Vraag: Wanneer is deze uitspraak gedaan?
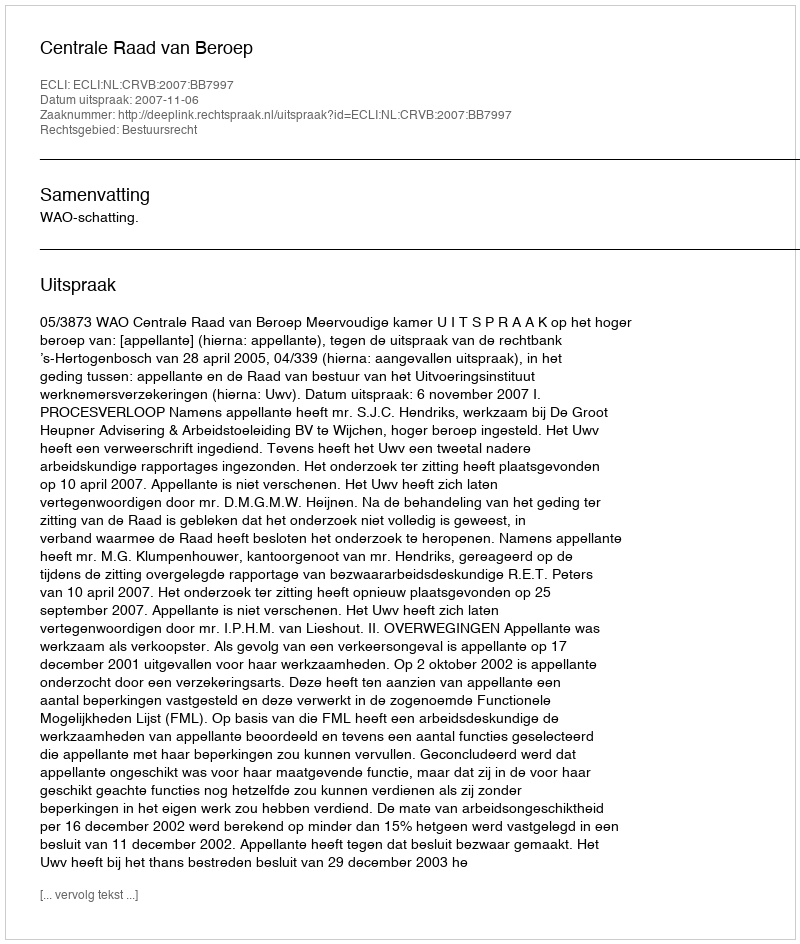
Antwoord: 2007-11-06